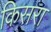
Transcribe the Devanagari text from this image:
किसरा